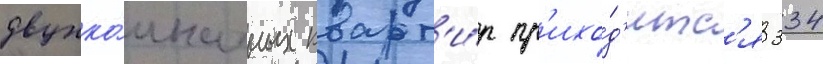
двухко́мнатных кварт'и́р пр'ихо́д'итс'я 334